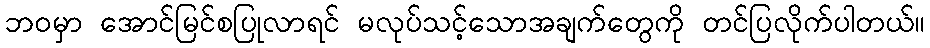
ဘဝမှာ အောင်မြင်စပြုလာရင် မလုပ်သင့်သောအချက်တွေကို တင်ပြလိုက်ပါတယ်။